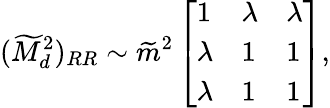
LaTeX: (\widetilde M_{d}^{2})_{RR}\sim\widetilde m^{2}\left[\begin{array}{lll}{{1}}&{{\lambda}}&{{\lambda}}\\ {{\lambda}}&{{1}}&{{1}}\\ {{\lambda}}&{{1}}&{{1}}\end{array}\right],